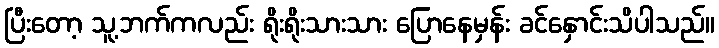
ပြီးတော့ သူ့ဘက်ကလည်း ရိုးရိုးသားသား ပြောနေမှန်း ခင်နှောင်းသိပါသည်။